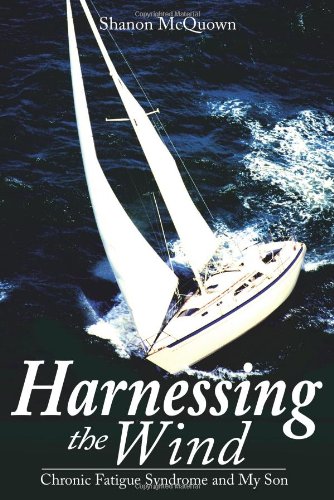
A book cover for Harnessing the Wind:  Chronic Fatigue Syndrome and My Son; Shanon McQuown; Health, Fitness & Dieting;